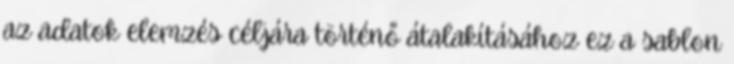
az adatok elemzés céljára történő átalakításához ez a sablon